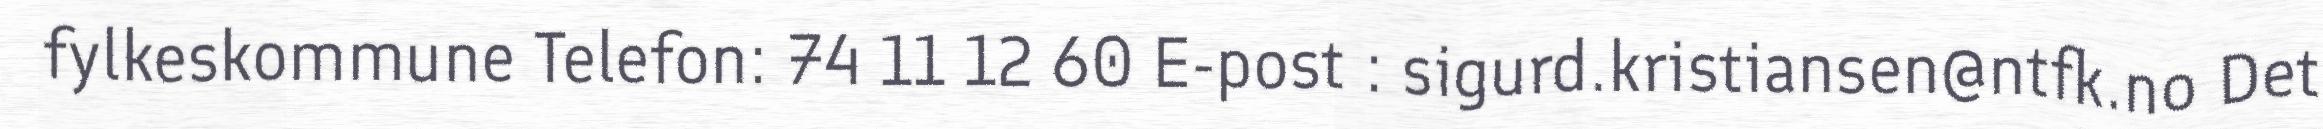
fylkeskommune Telefon: 74 11 12 60 E-post : sigurd.kristiansen@ntfk.no Det